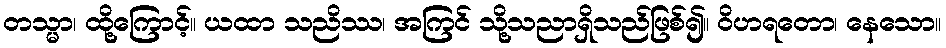
တသ္မာ၊ ထို့ကြောင့်။ ယထာ သညိဿ၊ အကြင် သို့သညာရှိသည်ဖြစ်၍။ ဝိဟရတော၊ နေသော။